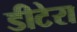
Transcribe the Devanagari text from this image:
डीटेरा